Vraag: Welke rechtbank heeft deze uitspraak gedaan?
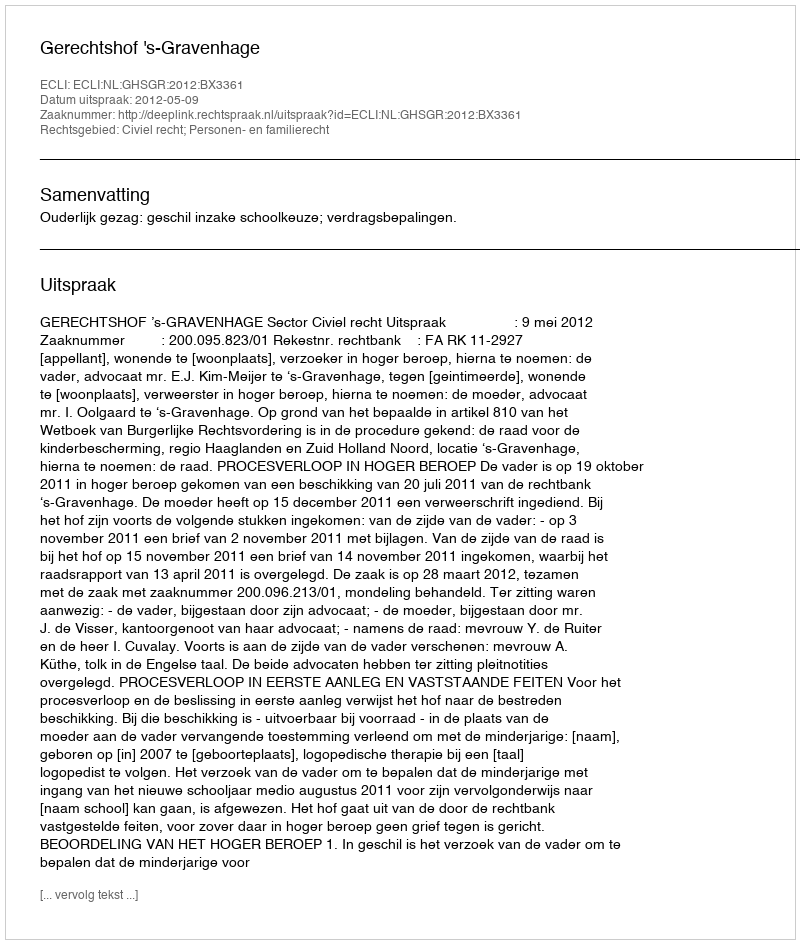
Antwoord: Gerechtshof 's-Gravenhage